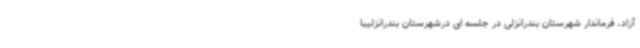
آزاد، فرماندار شهرستان بندرانزلی در جلسه ای درشهرستان بندرانزلیبا